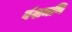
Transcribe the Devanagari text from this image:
वंशमणि